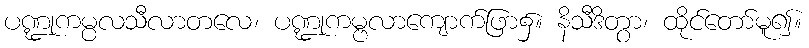
ပဏ္ဍုကမ္ပလသီလာတလေ၊ ပဏ္ဍုကမ္ဗလာကျောက်ဖြာ၌။ နိသီဒိတွာ၊ ထိုင်တော်မူ၍။